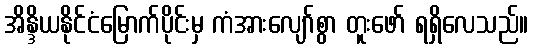
အိန္ဒိယနိုင်ငံမြောက်ပိုင်းမှ ကံအားလျော်စွာ တူးဖော် ရရှိလေသည်။